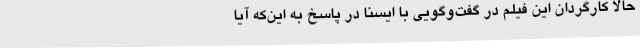
حالا کارگردان این فیلم در گفت‌وگویی با ایسنا در پاسخ به این‌که آیا